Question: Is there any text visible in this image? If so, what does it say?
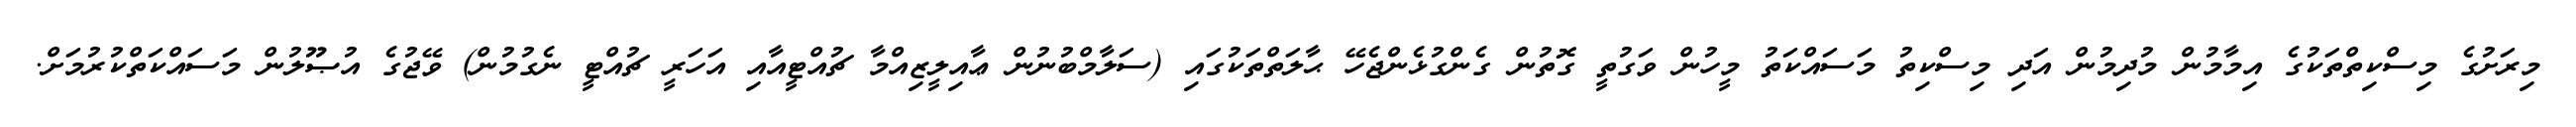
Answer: މިރަށުގެ މިސްކިތްތަކުގެ އިމާމުން މުދިމުން އަދި މިސްކިތު މަސައްކަތު މީހުން ވަގުތީ ގޮތުން ގެންގުޅެންޖެހޭ ޙާލަތްތަކުގައި (ސަލާމްބުނުން ޢާއިލީޒިއްމާ ޗުއްޓީއާއި އަހަރީ ޗުއްޓީ ނެގުމުން) ވޭޖުގެ އުޞޫލުން މަސައްކަތްކުރުމަށް.